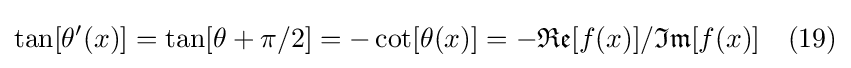
\tan[\theta '(x)]=\tan[\theta +\pi /2]=-\cot[\theta (x)]=-{\mathfrak {Re}}[f(x)]/{\mathfrak {Im}}[f(x)]\quad (19)